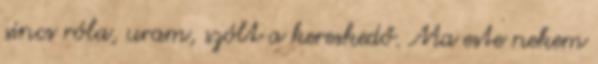
sincs róla, uram, szólt a kereskedő. Ma este nekem